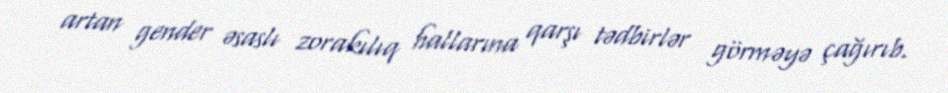
artan gender əsaslı zorakılıq hallarına qarşı tədbirlər görməyə çağırıb.